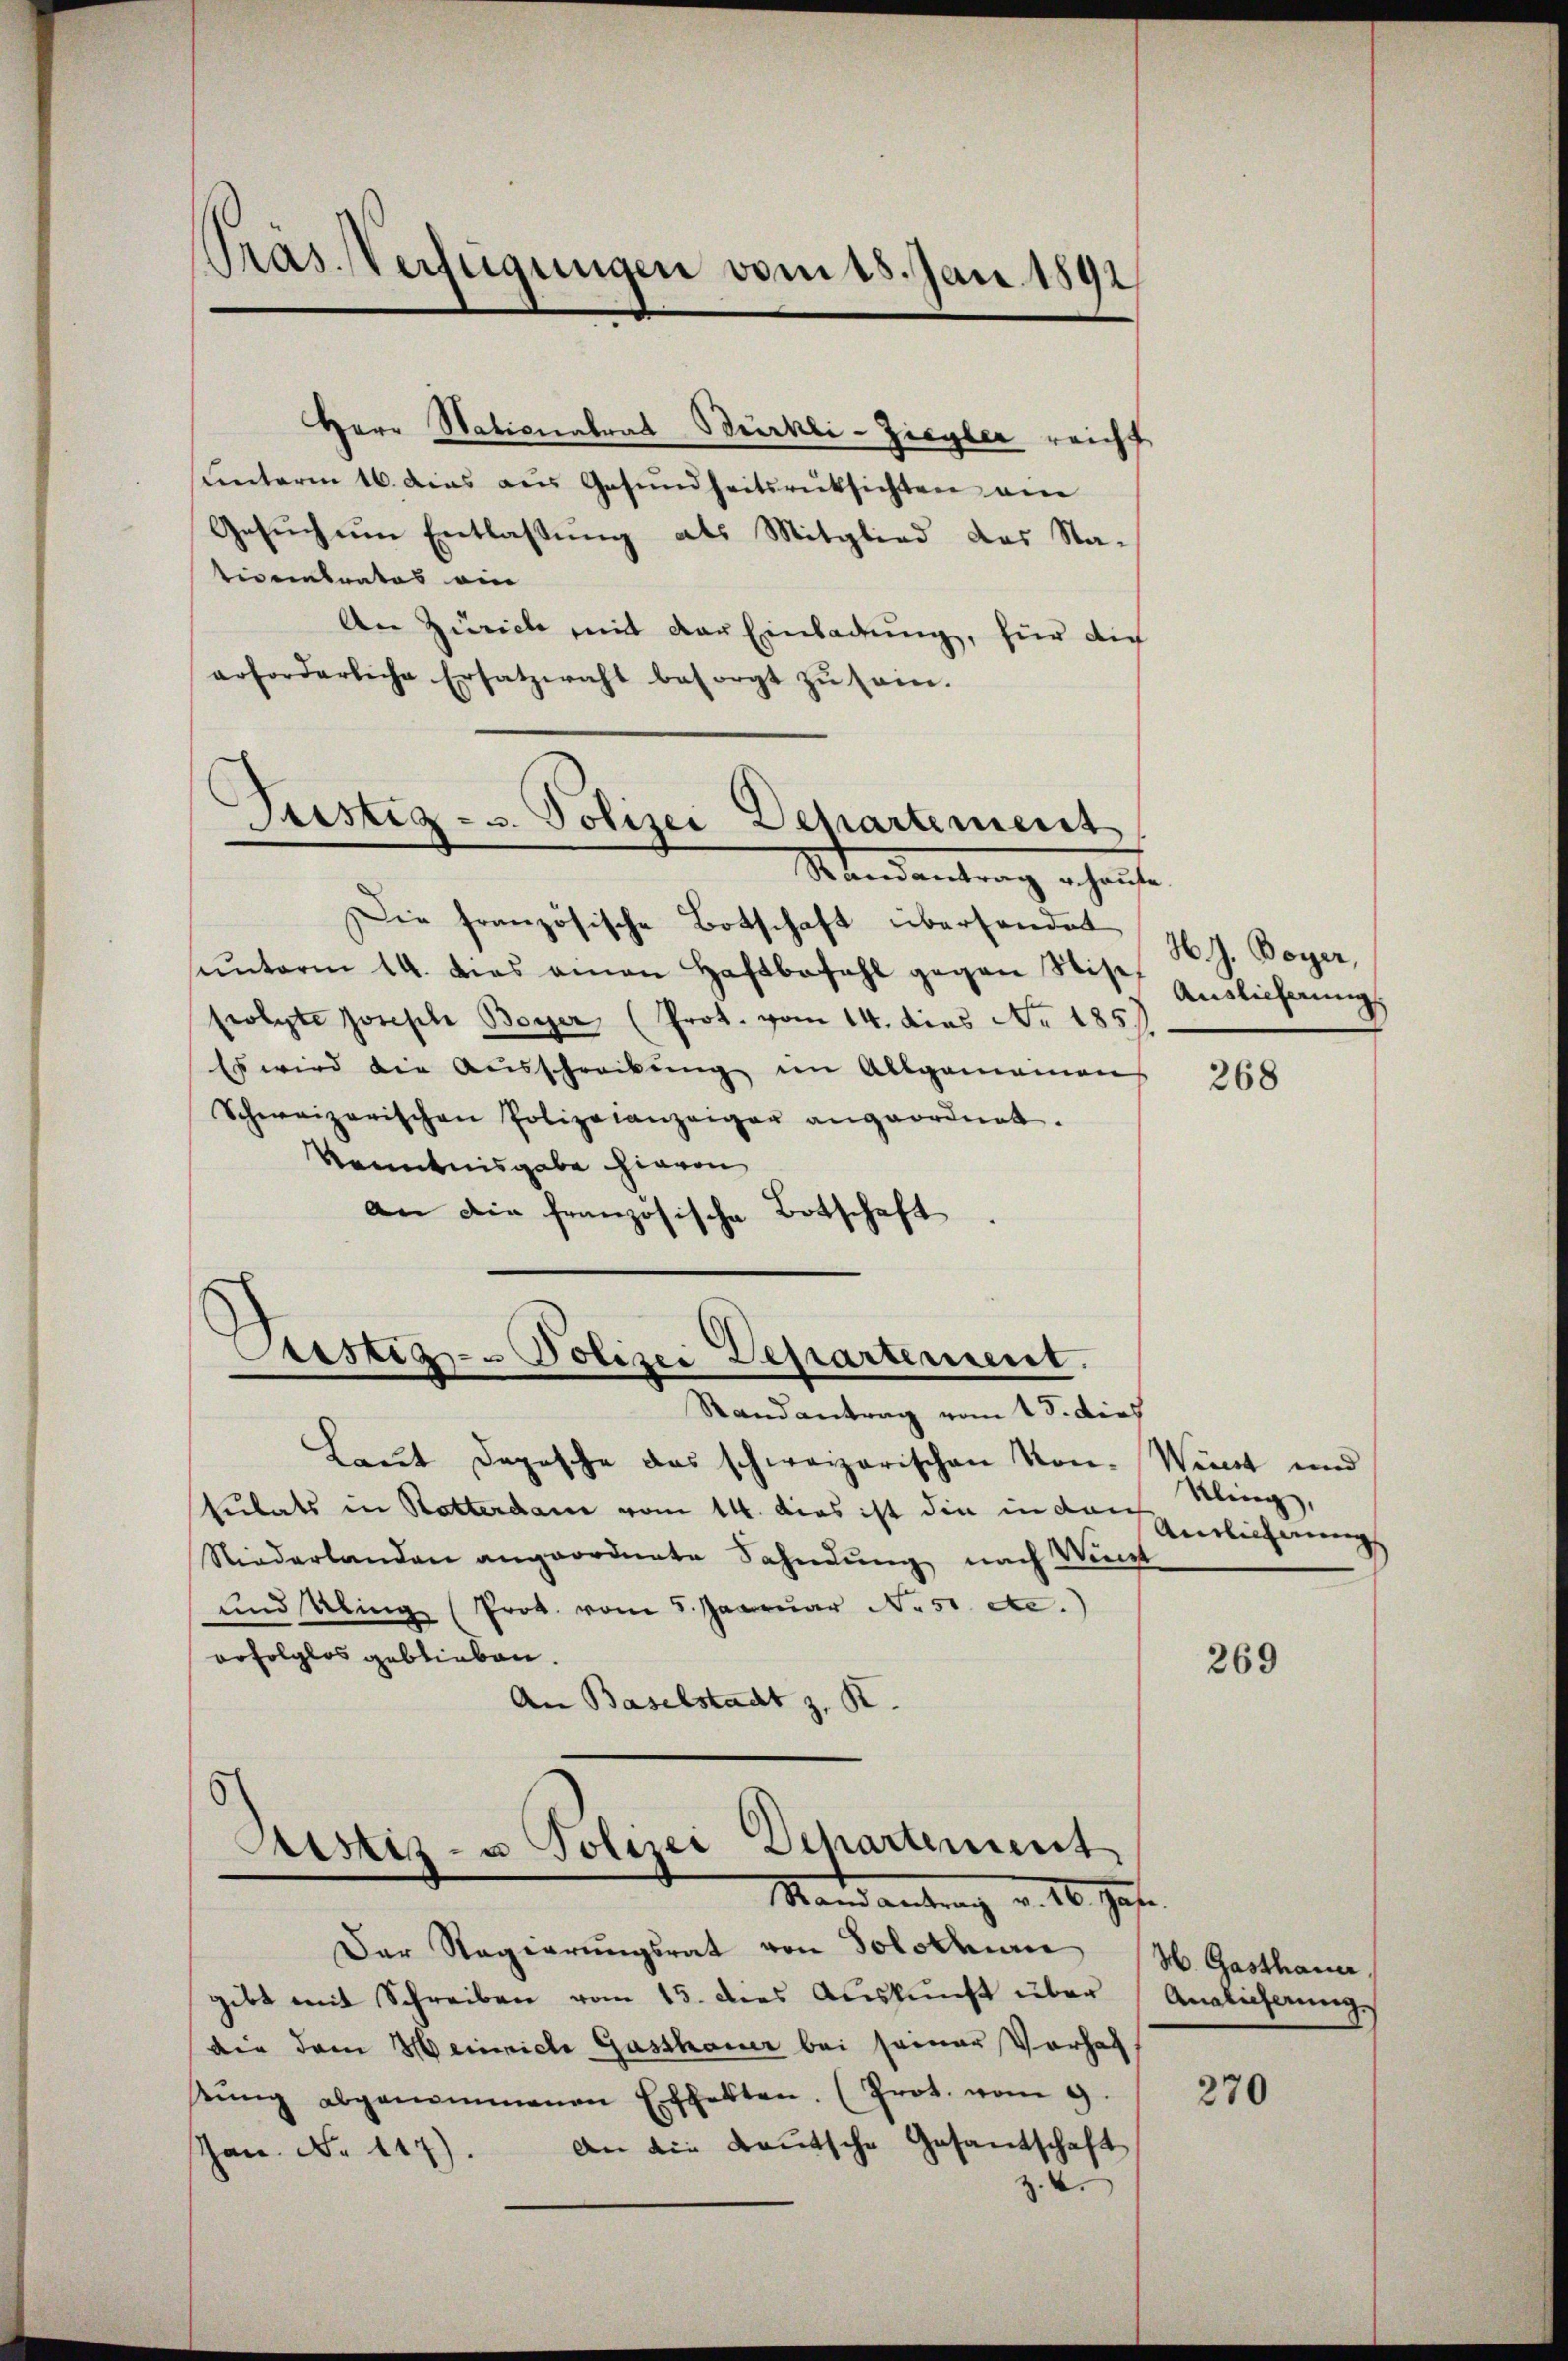
Pras. Verfügungen vom 18. Jan. 1892

Justiz- u. Polizei Departement

Justiz- Polizei Departement.
Randantrag vom 18. dies

Herr Nationalrat Bürkli-Ziegler reicht
unterm 16. dies aus Gesundheitsrücksichten von
Gesuch um Entlassung als Mitglied das Na-
tivertrates ein
An Zürich mit der Einladung, für dich
arforderliche Ersatzwahl besorgt zŭ sein.
Mandantrag erhalte
Die französische Botschaft übersendet
sunterm 14. das amen Haftbefehl gegen Stise
folgte Joseph Bayer (Prot. vom 14. dies No. 185.
Es wird die Aŭsschreibŭng im Allgemeinen
Schweizerischen Polizeianzeiger angeordnet.
Kenntnisgabe hievon
An die französische Botschaft

Laut Depesche das schweizerischen Kon-Wirst und
Eubats in Ratterdan vom 14. dies ist die in dan
Niederlanden angeordnete Sahndung nach Wint
und Abing (Prok. vom 5. Januar N. 51. etc.)
erfolglos geblieben.
An Baselstadt z. R.

Astiz- u Polizei Departement
Mand antrag v. 16. Jahr.

Der Regierungsrat von Solothurn (H. Gasthauer
gibt mit Schreiben vom 15. dies Aŭskŭnft über
die dem Heinriche Gasthauer bei seiner Vorhaf
tŭng abgenommenen Effekten. (Prot. vom 9.
An die Bautsche Gesandschaft
Jan. No 117)
z.4.

HJ. Boyer,
Auslieferung

268

Kling,
Ainlicherung

269

Amaligerung.

270